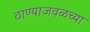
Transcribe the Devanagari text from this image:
ठाण्याजवळच्या